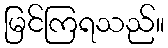
မြင်ကြရသည်။